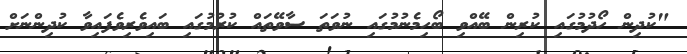
"ކުދިން ހޯދުމުގައި ކުރިން ބޭއްވި ބޯހިމެނުމުގައި ނުވަތަ ސާވޭތައް ކުރުމުގައި ބައިވެރިވެފައިވާ ކުދިންނަށް